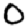
Digit: 0